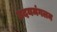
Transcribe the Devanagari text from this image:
उदयमंगलम